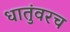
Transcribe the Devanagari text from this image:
धातुंवरच